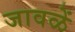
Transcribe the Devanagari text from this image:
जावळें